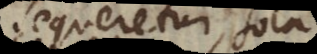
sequeretur sola